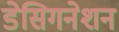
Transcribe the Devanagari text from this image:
डेसिगनेशन